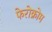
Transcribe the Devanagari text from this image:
फेरोक्रोम